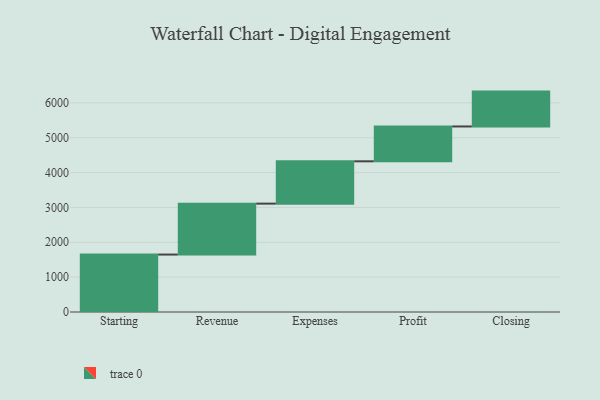
{"axis": {"x": "Step", "y": "Value"}, "legend": [""], "data": [{"x": "Starting", "y": 1648.0, "type": ""}, {"x": "Revenue", "y": 1461.0, "type": ""}, {"x": "Expenses", "y": 1214.0, "type": ""}, {"x": "Profit", "y": 1000, "type": ""}, {"x": "Closing", "y": 1000, "type": ""}]}